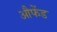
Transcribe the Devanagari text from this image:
औफेंड